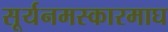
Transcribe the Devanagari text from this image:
सूर्यनमस्कारमाघ